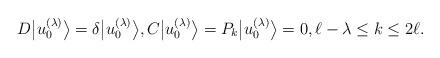
LaTeX: \begin{gather*}D \big|u_0^{(\lambda)}\big\rangle = \delta \big|u_0^{(\lambda)}\big\rangle ,C \big|u_0^{(\lambda)}\big\rangle = P_k \big|u_0^{(\lambda)}\big\rangle = 0, \ell-\lambda \leq k \leq 2\ell.\end{gather*}